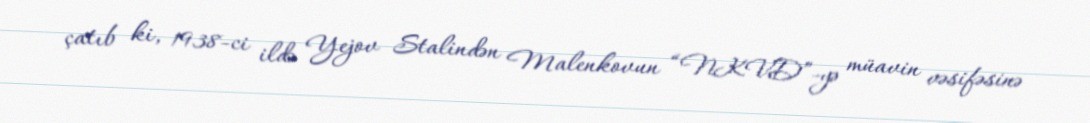
çatıb ki, 1938-ci ildə Yejov Stalindən Malenkovun “NKVD”-yə müavin vəsifəsinə